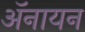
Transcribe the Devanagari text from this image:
ॲनायन